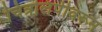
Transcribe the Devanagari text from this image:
चित्रलिपीवरून